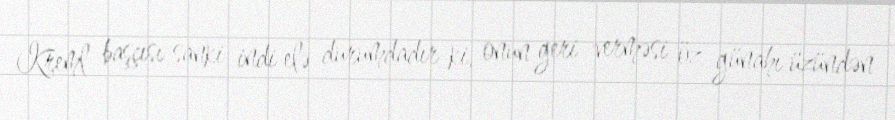
Kreml başçısı sanki indi elə durumdadır ki, onun geri verməsi öz günahı üzündən